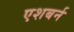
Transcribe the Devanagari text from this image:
एशबर्न